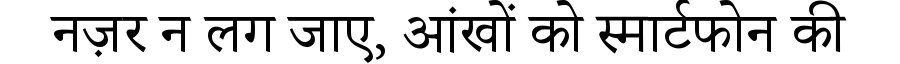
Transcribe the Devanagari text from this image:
नज़र न लग जाए, आंखों को स्मार्टफोन की